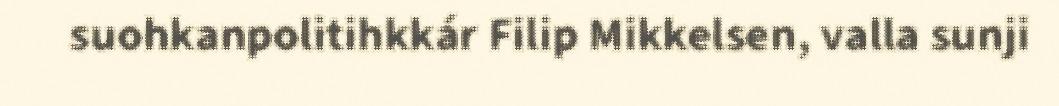
suohkanpolitihkkár Filip Mikkelsen, valla sunji